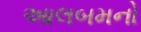
આલબમનો